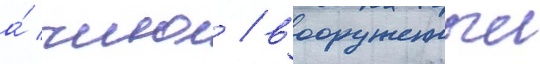
а́ чино / вооруженныи